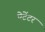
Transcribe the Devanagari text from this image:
पेटेंटर